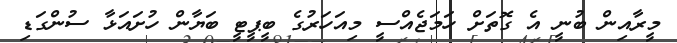
މީރާއިން ބުނީ އެ ގޮތަށް ހަމަޖެއްސީ މިއަހަރުގެ ބީޕީޓީ ބަޔާން ހުށައަޅާ ސުންގަޑި